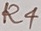
Text: R4